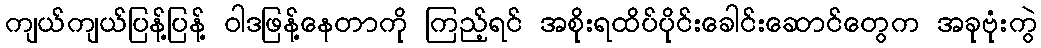
ကျယ်ကျယ်ပြန့်ပြန့် ဝါဒဖြန့်နေတာကို ကြည့်ရင် အစိုးရထိပ်ပိုင်းခေါင်းဆောင်တွေက အခုဗုံးကွဲ